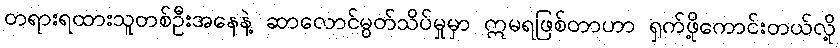
တရားရထားသူတစ်ဦးအနေနဲ့ ဆာလောင်မွတ်သိပ်မှုမှာ ဣမရဖြစ်တာဟာ ရှက်ဖို့ကောင်းတယ်လို့